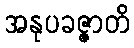
အနုပခဇ္ဇာတိ